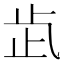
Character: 𣥓